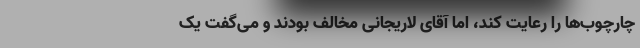
چارچوب‌ها را رعایت کند، اما آقای لاریجانی مخالف بودند و می‌گفت یک